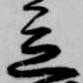
意